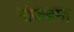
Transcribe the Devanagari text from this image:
मोकद्दमा